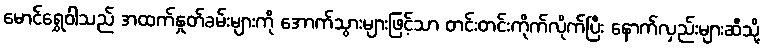
မောင်ရွှေဝါသည် အထက်နှုတ်ခမ်းများကို အောက်သွားများဖြင့်သာ တင်းတင်းကိုက်လိုက်ပြီး နောက်လှည်းများဆီသို့